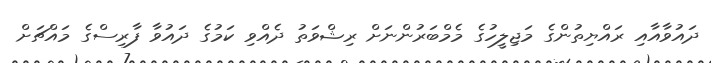
ދައުވާއާއި ރައްޔިތުންގެ މަޖިލީހުގެ މެމްބަރުންނަށް ރިޝްވަތު ދެއްވި ކަމުގެ ދައުވާ ފާރިސްގެ މައްޗަށް